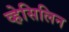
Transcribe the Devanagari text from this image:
व्हेसिलिन